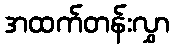
အထက်တန်းလွှာ